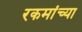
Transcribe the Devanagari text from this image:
रकमांच्या